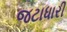
જટાધારી